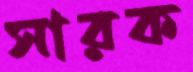
সারক